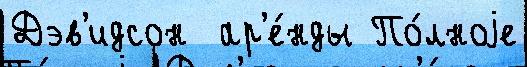
Дэв'идсон  ар'е́нды По́лноjе